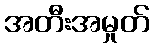
အတီးအမှုတ်